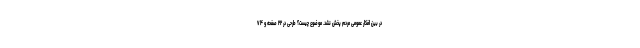
در بین افکار عمومی مردم پخش نشد. موضوع چیست؟ طرحی در ۲۲ صفحه و ۷۴